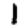
Digit: 1